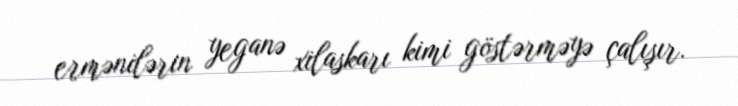
ermənilərin yeganə xilaskarı kimi göstərməyə çalışır.